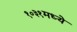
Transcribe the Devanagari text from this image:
१०३१मध्ये